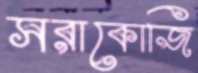
সরাকোজি